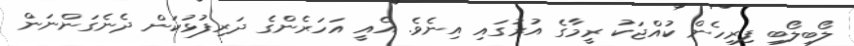
ލޯބިލޯބި ފިރިހެން ކުއްޖަކު ރީމާގެ އުރުގައި އިނެވެ. އެއީ އަހަރެންގެ ދަރިފުޅުކަން ދެނެގަންނަން